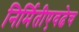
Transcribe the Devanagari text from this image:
निर्मितीएवढेच